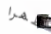
ظهرا